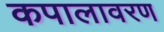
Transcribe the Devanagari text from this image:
कपालावरण